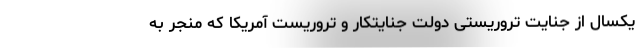
یکسال از جنایت تروریستی دولت جنایتکار و تروریست آمریکا که منجر به